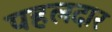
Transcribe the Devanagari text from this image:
पहलदार